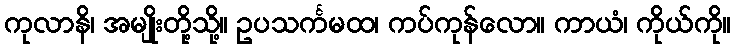
ကုလာနိ၊ အမျိုးတို့သို့။ ဥပသင်္ကမထ၊ ကပ်ကုန်လော။ ကာယံ၊ ကိုယ်ကို။